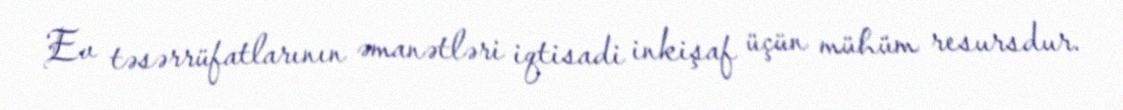
Ev təsərrüfatlarının əmanətləri iqtisadi inkişaf üçün mühüm resursdur.